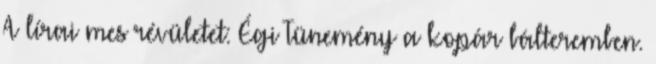
A lírai mes révületet: Égi Tünemény a kopár bálteremben.